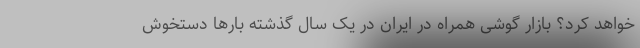
خواهد کرد؟ بازار گوشی همراه در ایران در یک سال گذشته بارها دستخوش